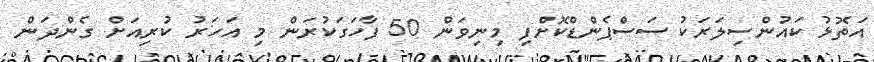
އަތޮޅު ކައުންސިލަރަކު ސަސްޕެންޑްކޮށްފި މިނިވަން 50 ފާހަގަކުރަން މި އަަހަރު ކުރިއަށް ގެންދަން